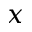
x